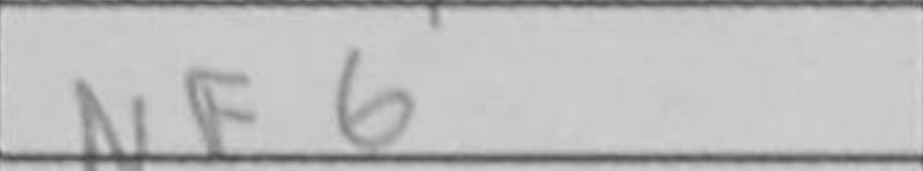
Transcription: Nf6